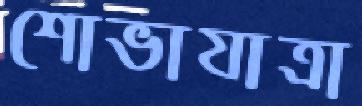
শোভাযাত্রা